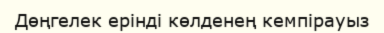
Дөңгелек ерінді көлденең кемпірауыз